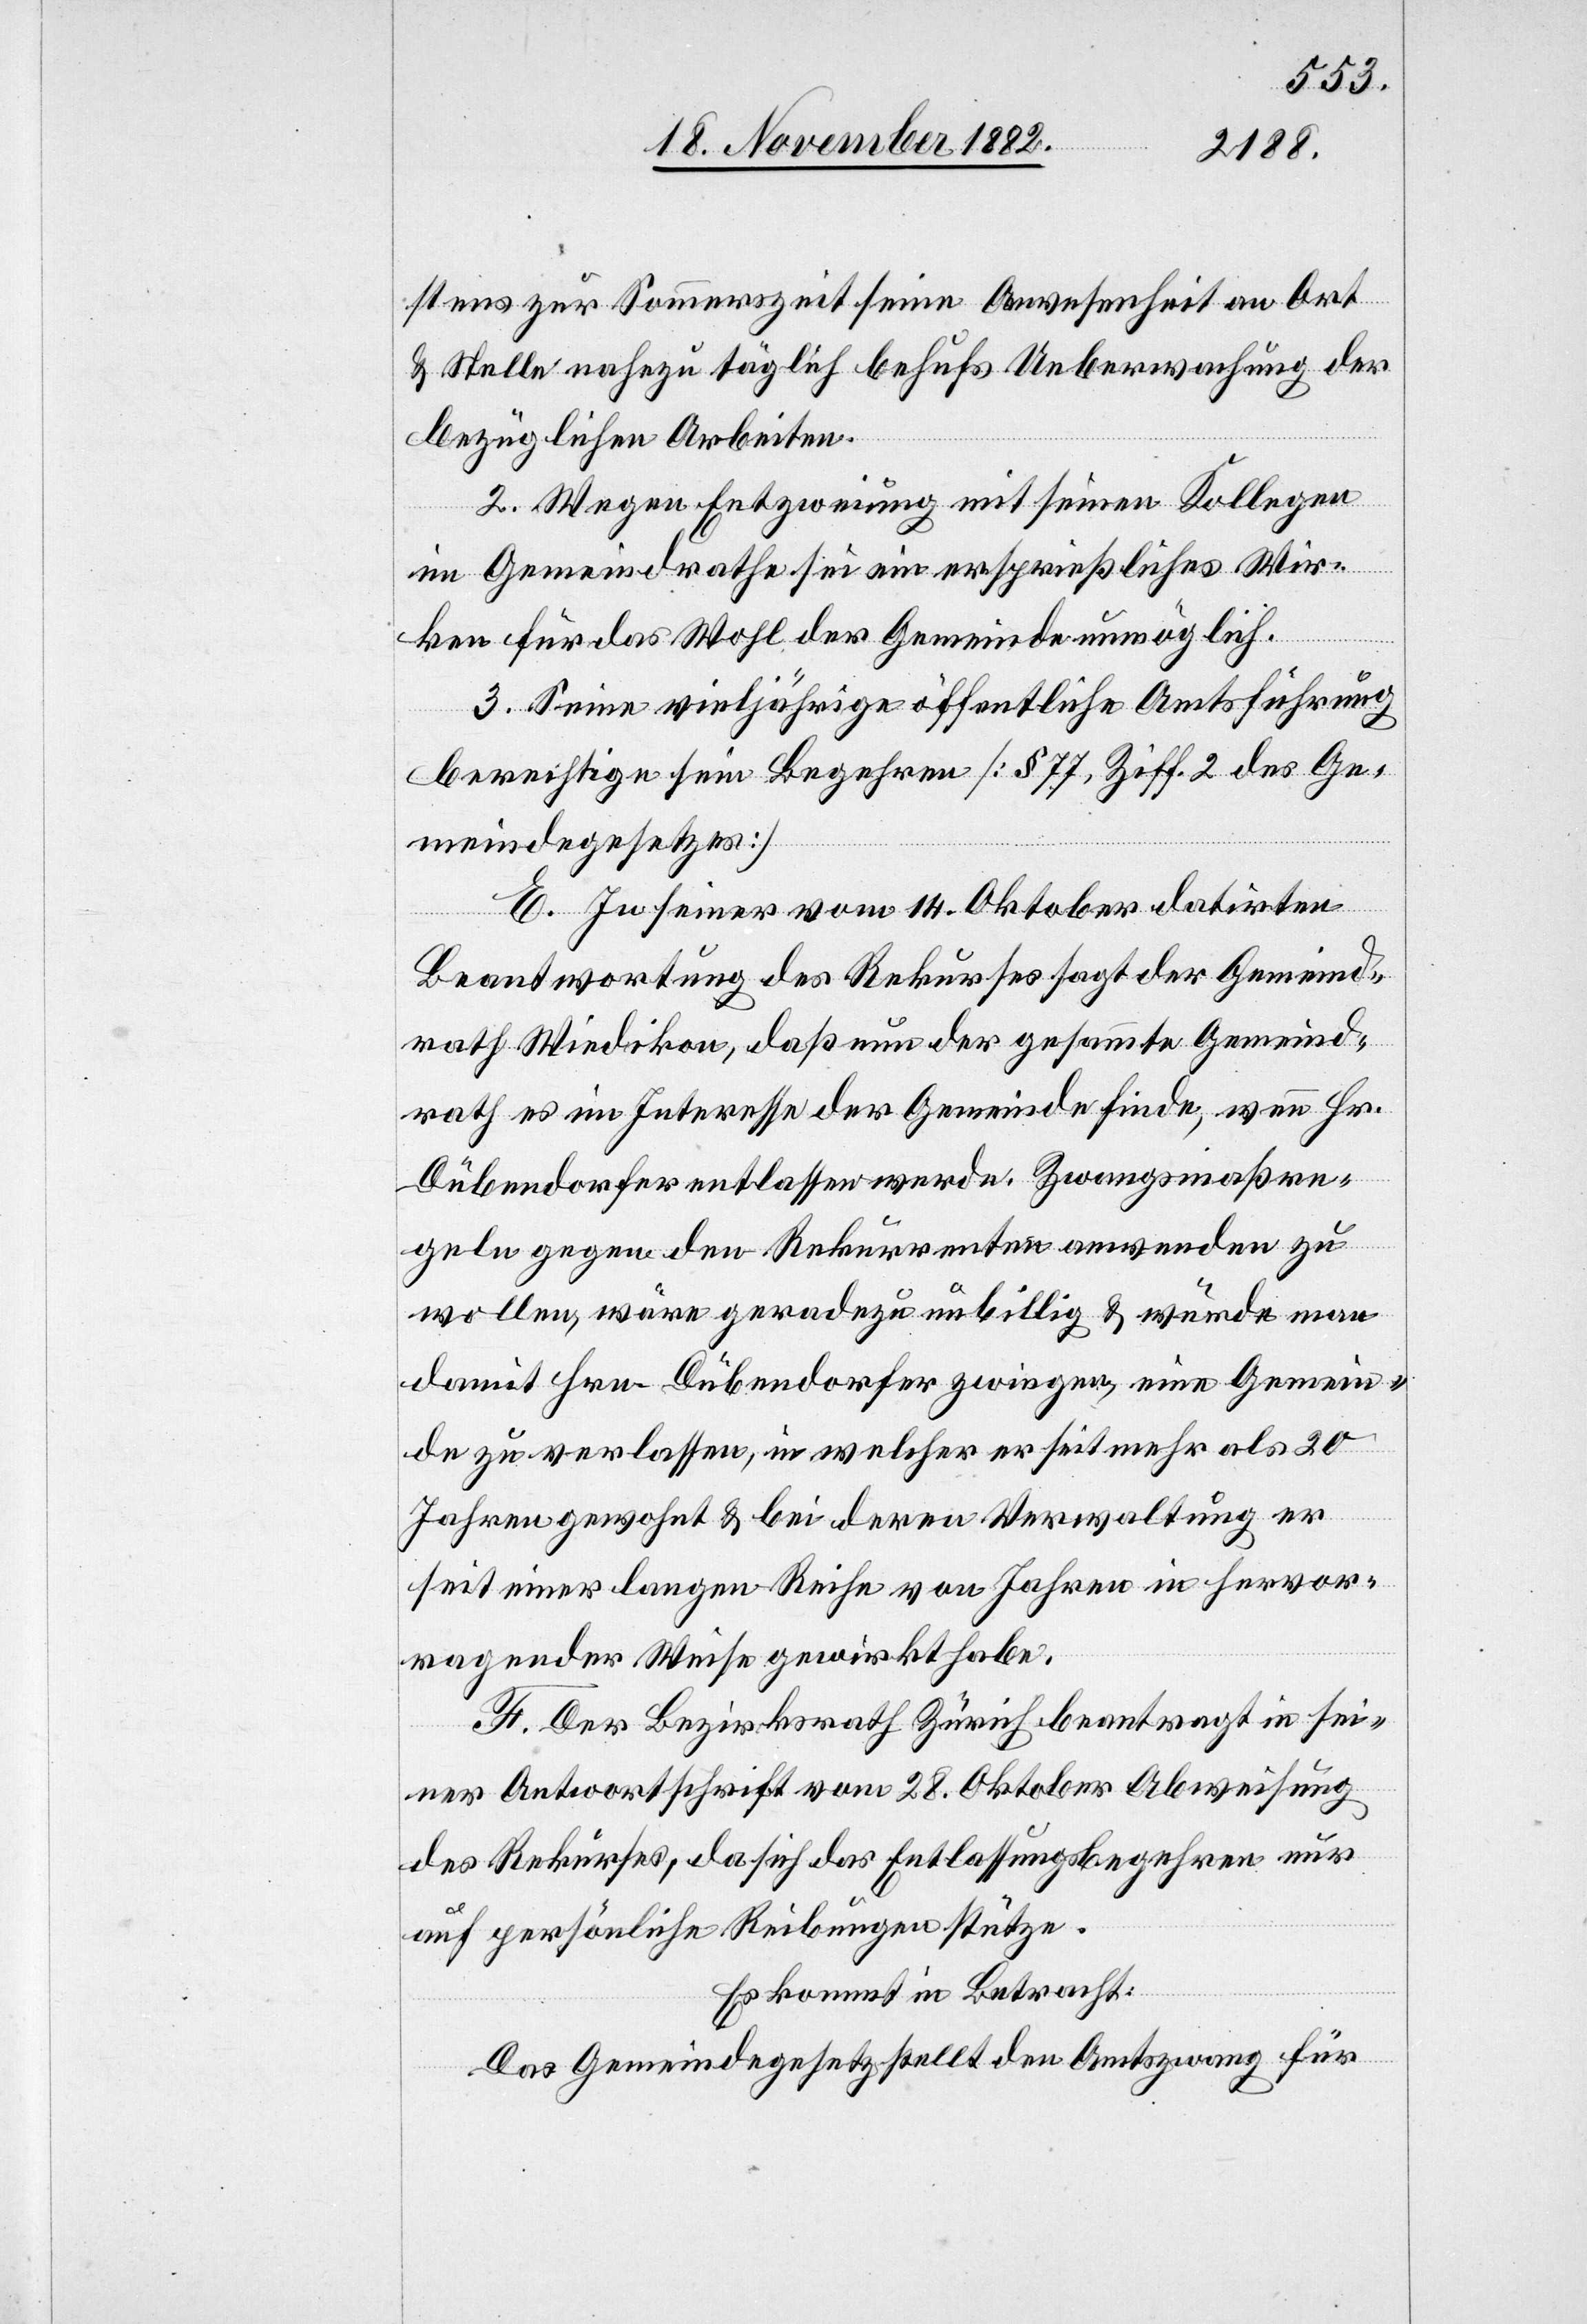
stens zur Sommerszeit seine Anwesenheit an Ort
& Stelle nahezu täglich behufs Ueberwachung der
bezüglichen Arbeiten.
2. Wegen Entzweiung mit seinen Kollegen
im Gemeindrathe sei ein ersprießliches Wir¬
ken für das Wohl der Gemeinde unmöglich.
3. Seine vieljährige öffentliche Amtsführung
berechtige sein Begehren [§ 77, Ziff. 2 des Ge¬
meindegesetzes][.]
E. In seiner vom 14. Oktober datirten
Beantwortung des Rekurses sagt der Gemeind¬
rath Wiedikon, daß nun der gesammte Gemeind¬
rath es im Interesse der Gemeinde finde, wenn Hr.
Dübendorfer entlassen werde. Zwangsmaßre¬
geln gegen den Rekurrenten anwenden zu
wollen, wäre geradezu unbillig & würde man
damit Hrn. Dübendorfer zwingen, eine Gemein¬
de zu verlassen, in welcher er seit mehr als 20
Jahren gewohnt & bei deren Verwaltung er
seit einer langen Reihe von Jahren in hervor¬
ragender Weise gewirkt habe.
F. Der Bezirksrath Zürich beantragt in sei¬
ner Antwortschrift vom 28. Oktober Abweisung
des Rekurses, da sich das Entlassungsbegehren nur
auf persönliche Reibungen stütze.
Es kommt in Betracht:
Das Gemeindegesetz stellt den Amtszwang für